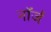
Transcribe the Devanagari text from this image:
नॉर्ज